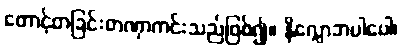
တောင့်တခြင်းတဏှာကင်းသည်ဖြစ်၍။ နိလ္လောဘပါပေါ၊